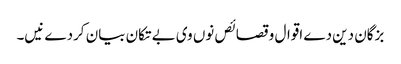
بزگان دین دے اقوال و قصائص نو‏‏ں وی بے تکان بیان کردے نیں۔